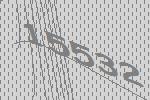
15532